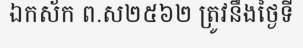
ឯកស័ក ព.ស២៥៦២ ត្រូវនឹងថ្ងៃទី